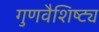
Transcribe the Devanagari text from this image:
गुणवैशिष्ट्य